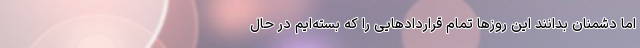
اما دشمنان بدانند این روزها تمام قراردادهایی را که بسته‌ایم در حال